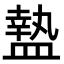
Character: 𥂕